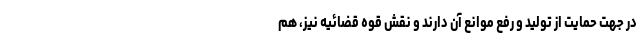
در جهت حمایت از تولید و رفع موانع آن دارند و نقش قوه قضائیه نیز، هم